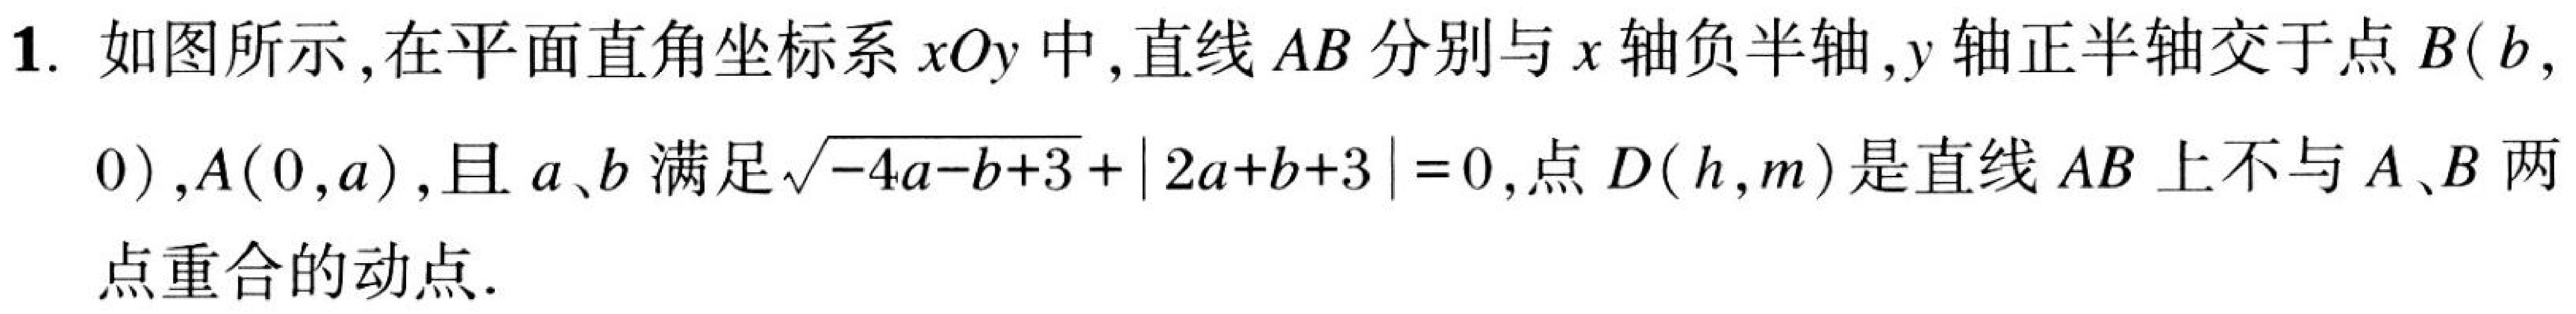
1. 如图所示，在平面直角坐标系\(xOy\)中，直线\(AB\)分别与\(x\)轴负半轴，\(y\)轴正半轴交于点\(B(b,0)\)，\(A(0,a)\)，且\(a、b\)满足\(\sqrt{-4a - b + 3}+\vert2a + b + 3\vert = 0\)，点\(D(h,m)\)是直线\(AB\)上不与\(A、B\)两点重合的动点.